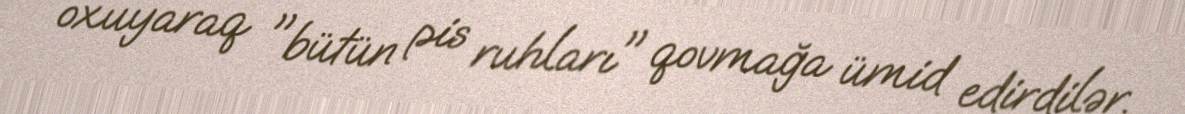
oxuyaraq "bütün pis ruhları" qovmağa ümid edirdilər.